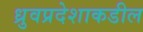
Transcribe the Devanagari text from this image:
ध्रुवप्रदेशाकडील